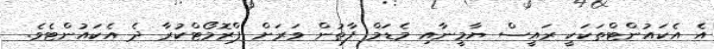
އެ އެކައުންޓްތަކަކީ ރައީސް ޔާމީނާއި މެޑަމް ފާތުން ވަރަށް ޕްރޮމޯޓްކުރާ ދެ އެކައުންޓެވެ.